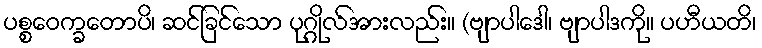
ပစ္စဝေက္ခတောပိ၊ ဆင်ခြင်သော ပုဂ္ဂိုလ်အားလည်း။ (ဗျာပါဒေါ၊ ဗျာပါဒကို။ ပဟီယတိ၊